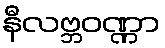
နီလဗ္ဘဝဏ္ဏာ